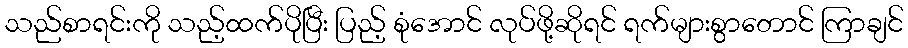
သည်စာရင်းကို သည့်ထက်ပိုပြီး ပြည့် စုံအောင် လုပ်ဖို့ဆိုရင် ရက်များစွာတောင် ကြာချင်